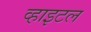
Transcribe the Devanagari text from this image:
व्हाइटल